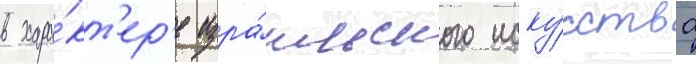
в хара́кт'ер'е изра́ильского иску́сства